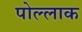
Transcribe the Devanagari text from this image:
पोल्लाक